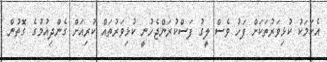
އެކަމަކު ކުޅިވަރުތަކަށް ފަހު ވެސް ލީގު ފަސްކުރަންޖެހުނީ ކުޅިވަރުތައް ކުރިއަށް ގެންދިއުމުގެ ގޮތުން